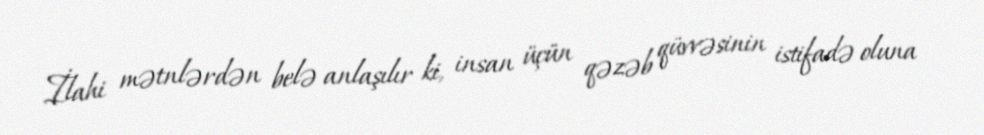
İlahi mətnlərdən belə anlaşılır ki, insan üçün qəzəb qüvvəsinin istifadə oluna